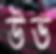
উভ